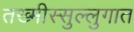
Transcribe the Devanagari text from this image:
तख्मीस्सुल्लुगात